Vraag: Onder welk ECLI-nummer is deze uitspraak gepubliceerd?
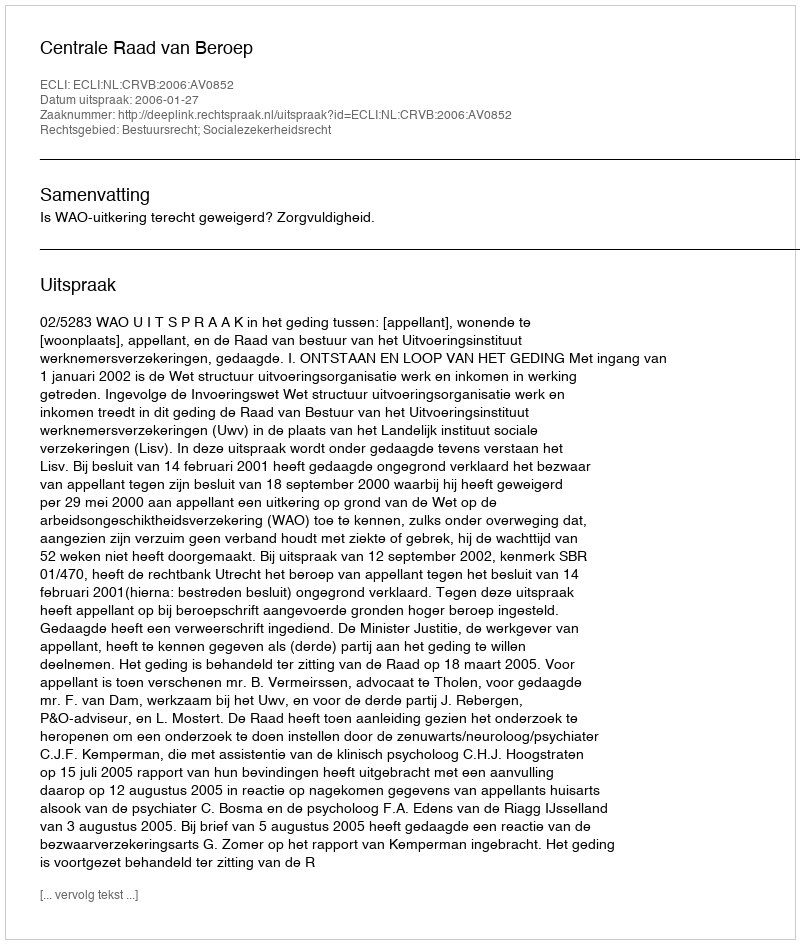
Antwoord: ECLI:NL:CRVB:2006:AV0852